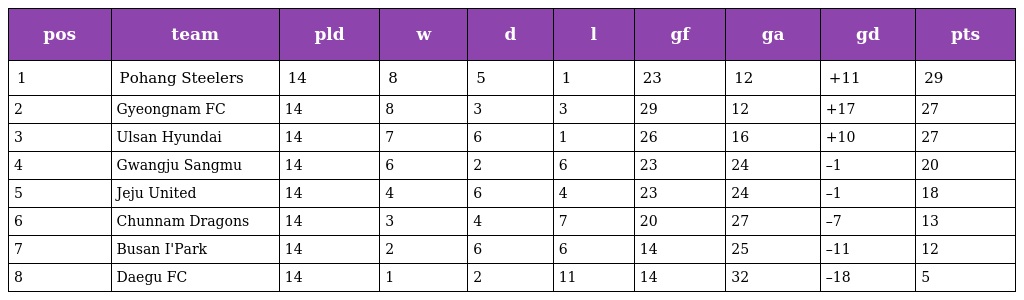
| pos | team | pld | w | d | l | gf | ga | gd | pts |
 | --- | --- | --- | --- | --- | --- | --- | --- | --- | --- |
 | 1 | Pohang Steelers | 14 | 8 | 5 | 1 | 23 | 12 | +11 | 29 |
 | 2 | Gyeongnam FC | 14 | 8 | 3 | 3 | 29 | 12 | +17 | 27 |
 | 3 | Ulsan Hyundai | 14 | 7 | 6 | 1 | 26 | 16 | +10 | 27 |
 | 4 | Gwangju Sangmu | 14 | 6 | 2 | 6 | 23 | 24 | –1 | 20 |
 | 5 | Jeju United | 14 | 4 | 6 | 4 | 23 | 24 | –1 | 18 |
 | 6 | Chunnam Dragons | 14 | 3 | 4 | 7 | 20 | 27 | –7 | 13 |
 | 7 | Busan I'Park | 14 | 2 | 6 | 6 | 14 | 25 | –11 | 12 |
 | 8 | Daegu FC | 14 | 1 | 2 | 11 | 14 | 32 | –18 | 5 |